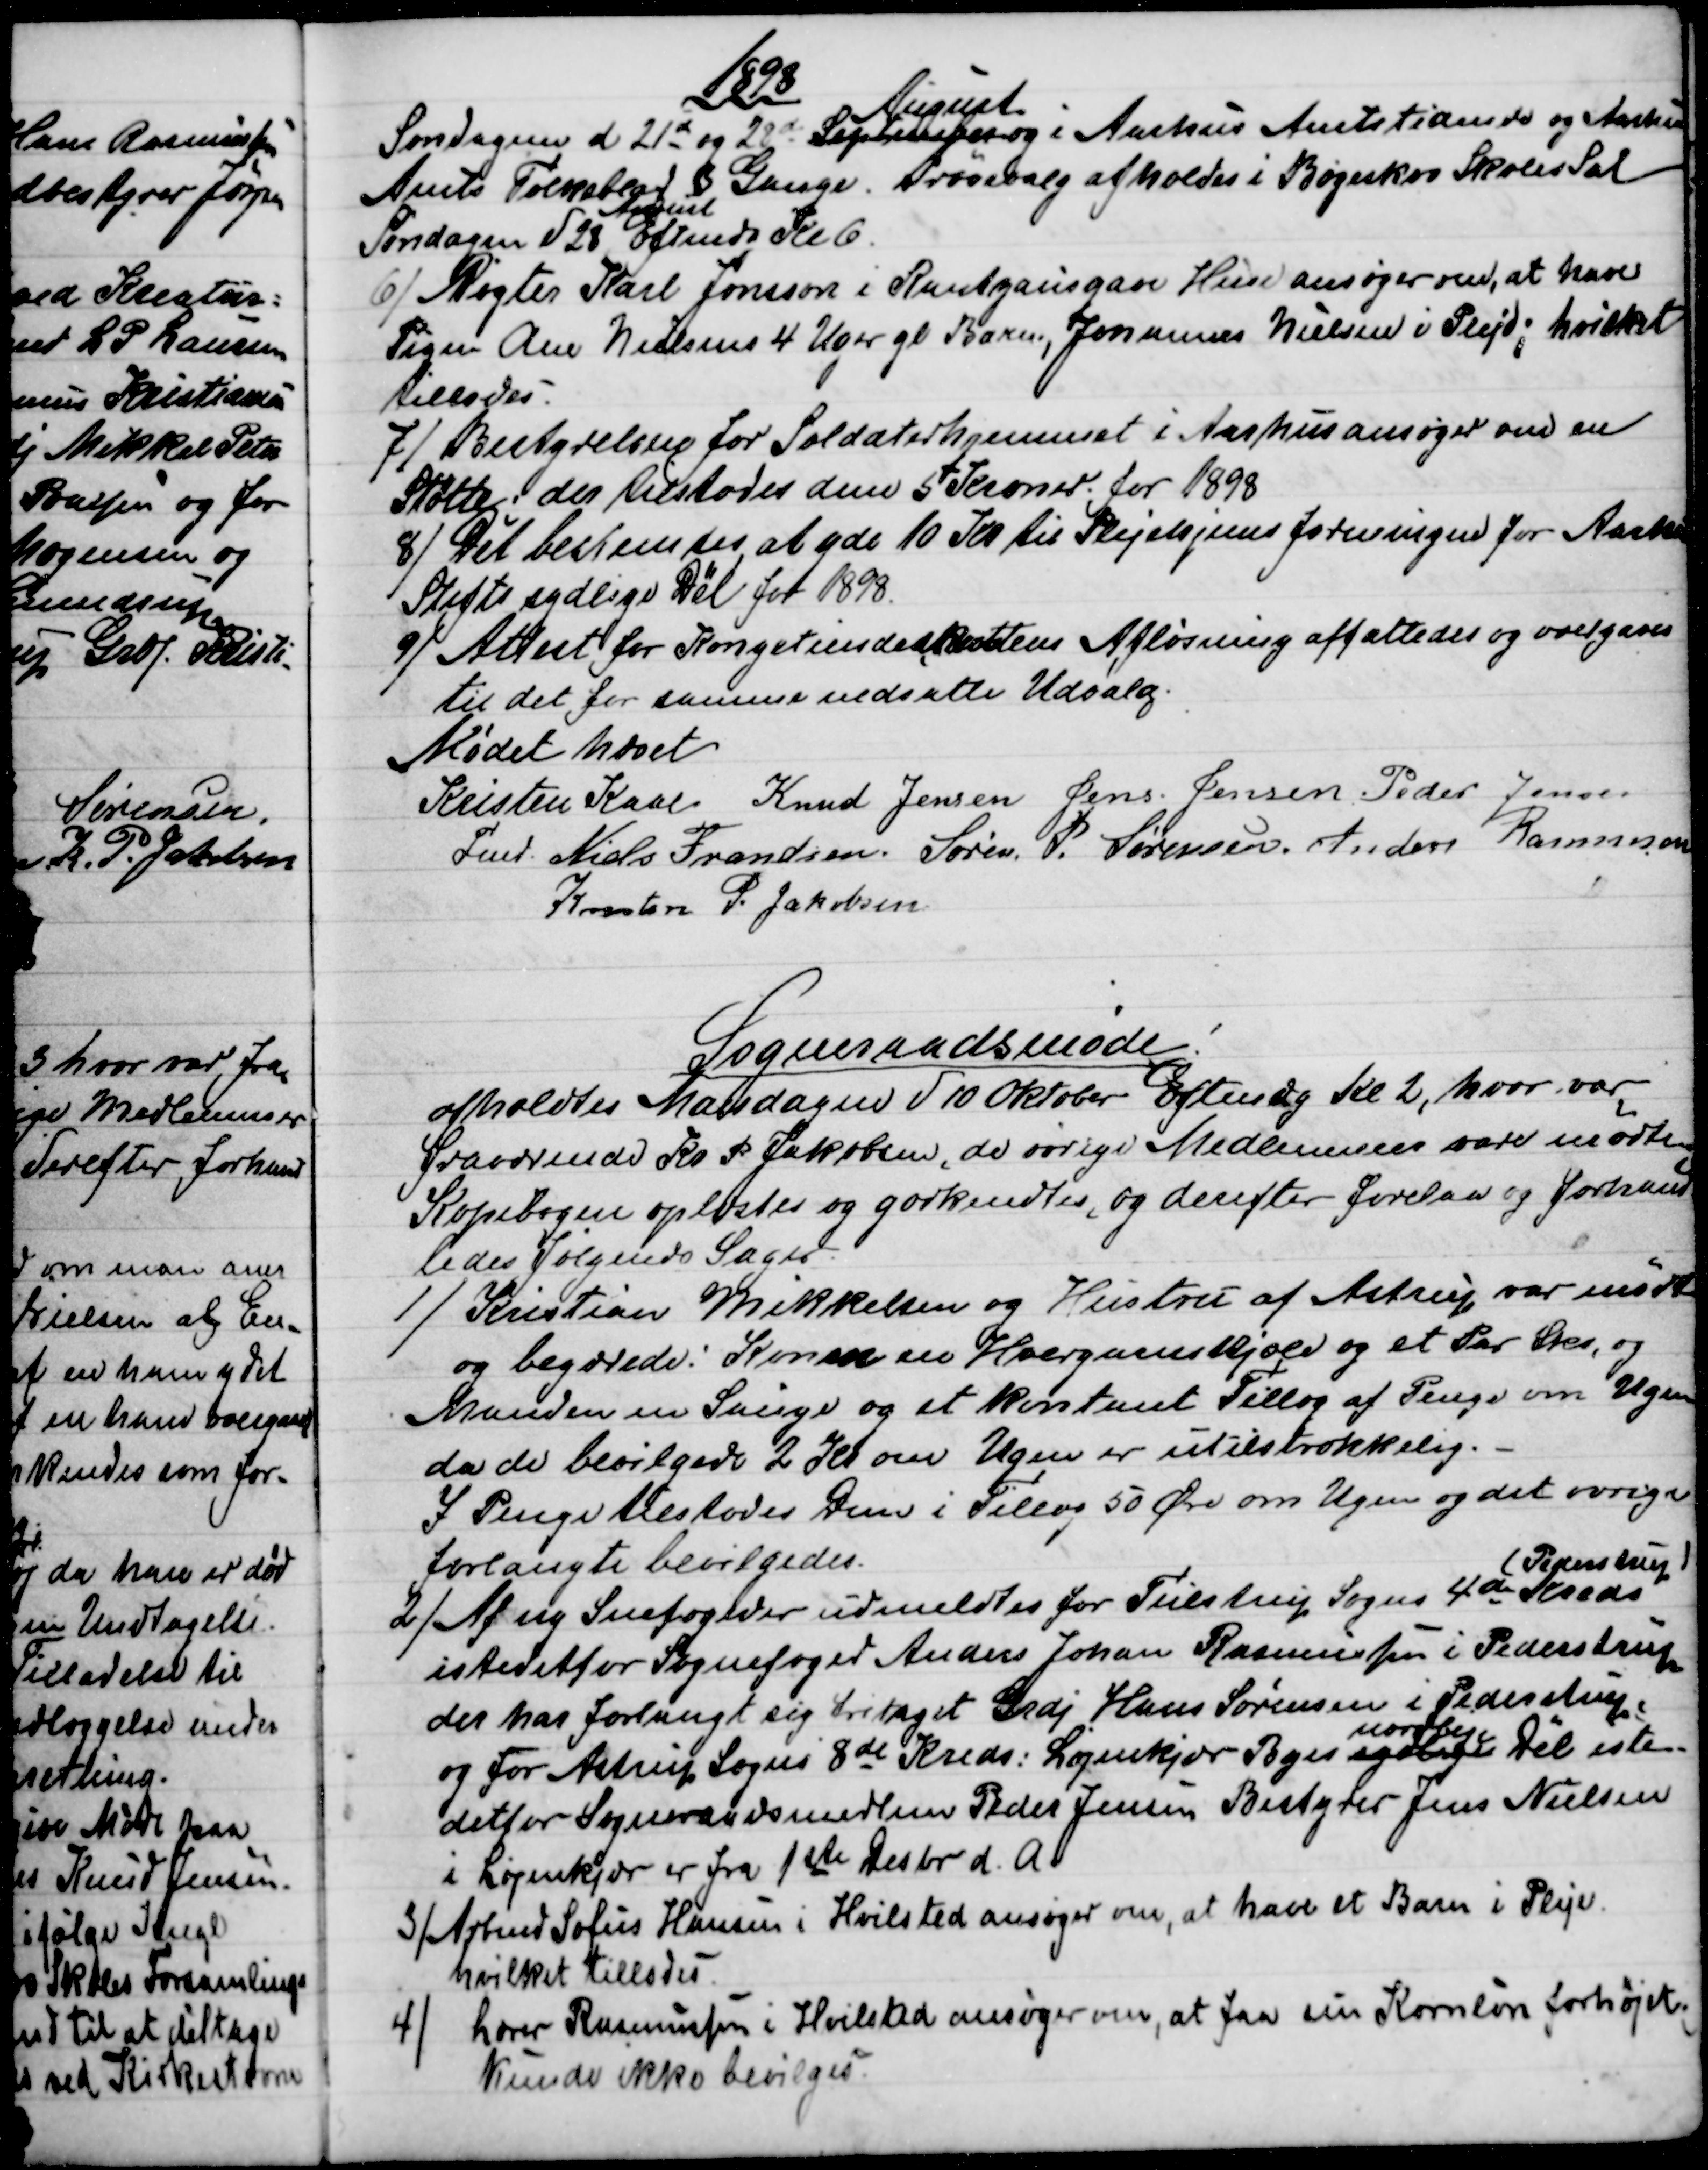
Transskription:
1898
Søndagen d 21de og 28de September
August
og i Aarhus Amtstidende og Aarhus
Amts Folkeblad 3 Gange. Prøvevalg afholdes i Bøgeskov Skoles Sal
Søndagen d 28 
August
Eftmd Kl 6.
6)
Røgter Karl Jønsson i Rantzausgave Huse ansøger om, at have
Pigen Ane Nielsens 4 Uger gl Barn, Johannes Nielsen i Pleje; hvilket
tillodes.
7) 
Bestyrelsen for Soldaterhjemmet i Aarhus ansøger om en
Støtte; der tilstodes dem 5 Kroner for 1898
8) 
Det bestemtes at yde 10 Kr til Plejehjemsforeningen for Aarhus
Stifts sydlige Del for 1898.
9) 
Attest for Kongetiendeskattens Afløsning affattedes og overgaves
til det for samme nedsatte Udvalg.
Mødet hævet
Kristen Kaae  
Fmd. 
Knud Jensen Jens Jensen  Peder Jensen
Niels Frandsen  Søren P. Sørensen  Anders Rasmussen
Kresten P. Jakobsen
Sogneraadsmøde!
afholdtes Mandagen d 10 Oktober Eftmdg Kl. 2, hvor var
fraværende Kr P Jakobsen, de øvrige Medlemmer vare mødte
Kopibogen oplæstes og godkendtes, og derefter forelaa og forhand
ledes følgende Sager
1)
Kristian Mikkelsen og Hustru af Astrup var mødt
og begærede: Konen en Hvergangskjole og et Par Sko, og
Manden en Sauge og et kontant Tillæg af Penge om Ugen
da de bevilgede 2 Kr om Ugen er utilstrækkelig.
I Penge tilstodes Dem i Tillæg 50 Øre om Ugen og det øvrige
forlangte bevilgedes.
2)
Af ny Snefogeder udmeldtes for Tulstrup Sogns 4de Kreds
(Pederstrup)
istedetfor Sognefoged Anders Johan Rasmussen i Pederstrup
der har forlangt sig fritaget Grdj Hans Sørensen i Pederstrup,
og for Astrup Sogns 8de Kreds: Løjenkjær Byes sydlige
nordlige
Dél iste-
detfor Sogneraadsmedlem Peder Jensen Bestyrer Jens Nielsen
i Løjenkjær er fra 1ste Decbr d. A.
3) 
Arbmd Sofus Hansen i Hvilsted ansøger om, at have et Barn i Pleje.
hvilket tillodes.
4)
Lærer Rasmussen i Hvilsted ansøger om, at faa sin Kornløn forhøjet.
Kunde ikke bevilges.